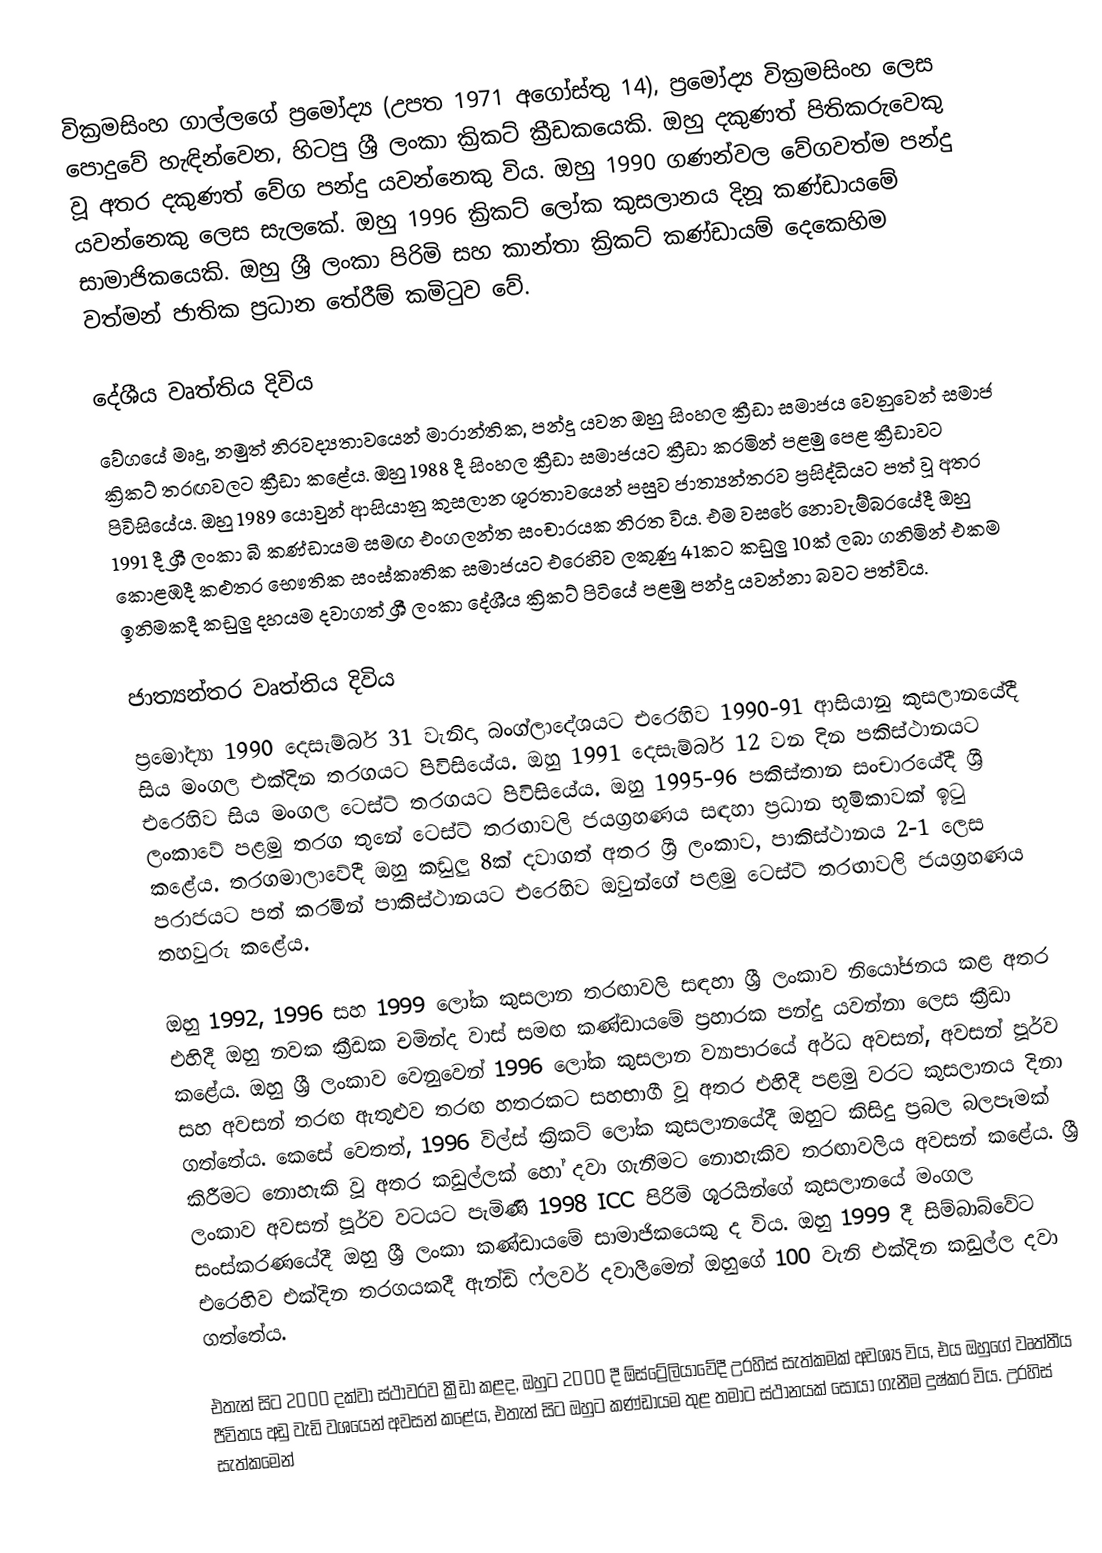
වික්‍රමසිංහ ගාල්ලගේ ප්‍රමෝද්‍ය (උපත 1971 අගෝස්තු 14), ප්‍රමෝද්‍ය වික්‍රමසිංහ ලෙස පොදුවේ හැඳින්වෙන, හිටපු ශ්‍රී ලංකා ක්‍රිකට් ක්‍රීඩකයෙකි. ඔහු දකුණත් පිතිකරුවෙකු වූ අතර දකුණත් වේග පන්දු යවන්නෙකු විය. ඔහු 1990 ගණන්වල වේගවත්ම පන්දු යවන්නෙකු ලෙස සැලකේ. ඔහු 1996 ක්‍රිකට් ලෝක කුසලානය දිනූ කණ්ඩායමේ සාමාජිකයෙකි. ඔහු ශ්‍රී ලංකා පිරිමි සහ කාන්තා ක්‍රිකට් කණ්ඩායම් දෙකෙහිම වත්මන් ජාතික ප්‍රධාන තේරීම් කමිටුව වේ.

දේශීය වෘත්තිය දිවිය
වේගයේ මෘදු, නමුත් නිරවද්‍යතාවයෙන් මාරාන්තික, පන්දු යවන ඔහු සිංහල ක්‍රීඩා සමාජය වෙනුවෙන් සමාජ ක්‍රිකට් තරඟවලට ක්‍රීඩා කළේය. ඔහු 1988 දී සිංහල ක්‍රීඩා සමාජයට ක්‍රීඩා කරමින් පළමු පෙළ ක්‍රීඩාවට පිවිසියේය. ඔහු 1989 යොවුන් ආසියානු කුසලාන ශූරතාවයෙන් පසුව ජාත්‍යන්තරව ප්‍රසිද්ධියට පත් වූ අතර 1991 දී ශ්‍රී ලංකා බී කණ්ඩායම සමඟ එංගලන්ත සංචාරයක නිරත විය. එම වසරේ නොවැම්බරයේදී ඔහු කොළඹදී කළුතර භෞතික සංස්කෘතික සමාජයට එරෙහිව ලකුණු 41කට කඩුලු 10ක් ලබා ගනිමින් එකම ඉනිමකදී කඩුලු දහයම දවාගත් ශ්‍රී ලංකා දේශීය ක්‍රිකට් පිටියේ පළමු පන්දු යවන්නා බවට පත්විය.

ජාත්‍යන්තර වෘත්තිය දිවිය
ප්‍රමෝද්‍යා 1990 දෙසැම්බර් 31 වැනිදා බංග්ලාදේශයට එරෙහිව 1990-91 ආසියානු කුසලානයේදී සිය මංගල එක්දින තරගයට පිවිසියේය. ඔහු 1991 දෙසැම්බර් 12 වන දින පකිස්ථානයට එරෙහිව සිය මංගල ටෙස්ට් තරගයට පිවිසියේය. ඔහු 1995-96 පකිස්තාන සංචාරයේදී ශ්‍රී ලංකාවේ පළමු තරග තුනේ ටෙස්ට් තරඟාවලි ජයග්‍රහණය සඳහා ප්‍රධාන භූමිකාවක් ඉටු කළේය. තරගමාලාවේදී ඔහු කඩුලු 8ක් දවාගත් අතර ශ්‍රී ලංකාව, පාකිස්ථානය 2-1 ලෙස පරාජයට පත් කරමින් පාකිස්ථානයට එරෙහිව ඔවුන්ගේ පළමු ටෙස්ට් තරඟාවලි ජයග්‍රහණය තහවුරු කළේය.

ඔහු 1992, 1996 සහ 1999 ලෝක කුසලාන තරඟාවලි සඳහා ශ්‍රී ලංකාව නියෝජනය කළ අතර එහිදී ඔහු නවක ක්‍රීඩක චමින්ද වාස් සමඟ කණ්ඩායමේ ප්‍රහාරක පන්දු යවන්නා ලෙස ක්‍රීඩා කළේය. ඔහු ශ්‍රී ලංකාව වෙනුවෙන් 1996 ලෝක කුසලාන ව්‍යාපාරයේ අර්ධ අවසන්, අවසන් පූර්ව සහ අවසන් තරඟ ඇතුළුව තරඟ හතරකට සහභාගී වූ අතර එහිදී පළමු වරට කුසලානය දිනා ගත්තේය. කෙසේ වෙතත්, 1996 විල්ස් ක්‍රිකට් ලෝක කුසලානයේදී ඔහුට කිසිදු ප්‍රබල බලපෑමක් කිරීමට නොහැකි වූ අතර කඩුල්ලක් හෝ දවා ගැනීමට නොහැකිව තරඟාවලිය අවසන් කළේය. ශ්‍රී ලංකාව අවසන් පූර්ව වටයට පැමිණි 1998 ICC පිරිමි ශූරයින්ගේ කුසලානයේ මංගල සංස්කරණයේදී ඔහු ශ්‍රී ලංකා කණ්ඩායමේ සාමාජිකයෙකු ද විය. ඔහු 1999 දී සිම්බාබ්වේට එරෙහිව එක්දින තරගයකදී ඇන්ඩි ෆ්ලවර් දවාලීමෙන් ඔහුගේ 100 වැනි එක්දින කඩුල්ල දවා ගත්තේය.

එතැන් සිට 2000 දක්වා ස්ථාවරව ක්‍රීඩා කළද, ඔහුට 2000 දී ඕස්ට්‍රේලියාවේදී උරහිස් සැත්කමක් අවශ්‍ය විය, එය ඔහුගේ වෘත්තීය ජීවිතය අඩු වැඩි වශයෙන් අවසන් කළේය, එතැන් සිට ඔහුට කණ්ඩායම තුළ තමාට ස්ථානයක් සොයා ගැනීම දුෂ්කර විය. උරහිස් සැත්කමෙන්